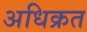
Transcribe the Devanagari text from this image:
अधिक्रत